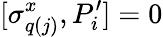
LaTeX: [\sigma_{q(j)}^{x},P_{i}^{\prime}]=0